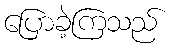
ပြောခဲ့ကြသည်